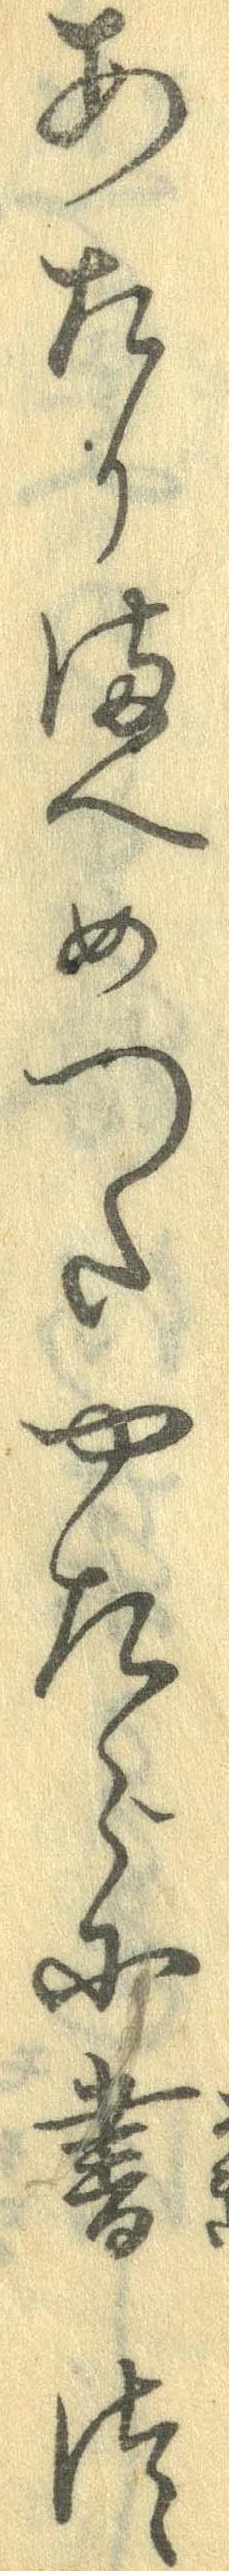
あたりまへめったやたらに書つ